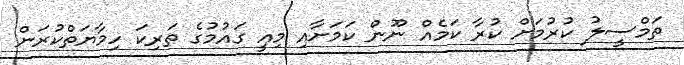
ތަމްސީލު ކުރުމަށް ކުރާ ކަމެއް ނޫން ކަމަށާއި މިއީ ގައުމުގެ ތަރިކަ ހިމާޔަތްކުރަން